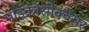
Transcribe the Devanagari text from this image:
माइक्रोसीक्वेंसर